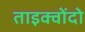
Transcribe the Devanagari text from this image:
ताइक्वोंदो